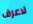
لاعرف